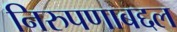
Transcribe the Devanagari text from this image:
निरुपणाबद्दल